Document type: Grant of rights
Year: 1326
Scribe: Bernat de Vilarúbia
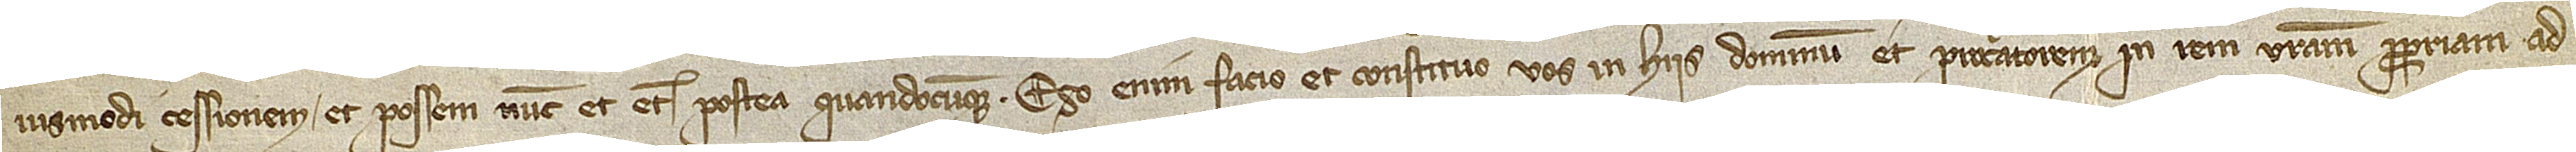
iusmodi cessionem et possem nunc et etiam postea quandocumque. Ego enim facio et constituo vos in hiis dominum et procuratorem in rem vestram propriam ad